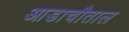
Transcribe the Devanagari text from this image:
आडाचौताल